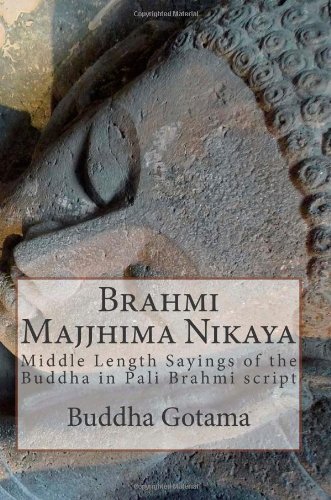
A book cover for Brahmi Majjhima Nikaya: Middle Length Sayings of the Buddha in Pali Brahmi script (Pali Edition); Buddha Gotama; Religion & Spirituality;